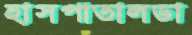
হাসপাতালডা